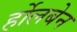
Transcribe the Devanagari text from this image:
र्होलबेन